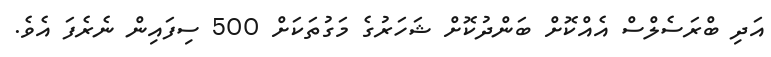
އަދި ބްރަސެލްސް އެއްކޮށް ބަންދުކޮށް ޝަހަރުގެ މަގުތަކަށް 500 ސިފައިން ނެރެފަ އެވެ.